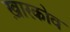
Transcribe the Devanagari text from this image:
ख़ारकोव